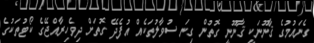
ގެނައުމުގެ ޤާނޫނަކީ ޤާނޫނީ ގޮތުން ގިނަ ސުވާލުތަކެއް އުފެދޭ ގޮތަށް ދިވެހިރާއްޖޭގެ ކޯޓުތަކުގެ